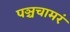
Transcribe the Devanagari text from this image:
पञ्चचामरं